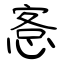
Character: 愙